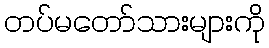
တပ်မတော်သားများကို